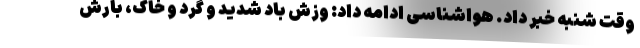
وقت شنبه خبر داد. هواشناسی ادامه داد: وزش باد شدید و گرد و خاک، بارش